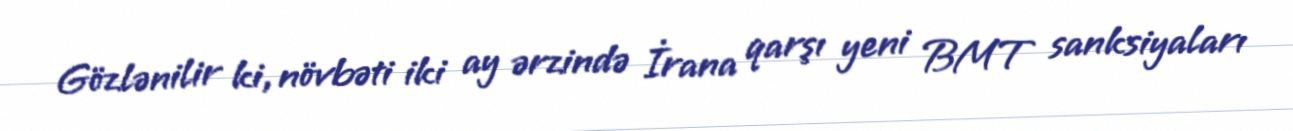
Gözlənilir ki, növbəti iki ay ərzində İrana qarşı yeni BMT sanksiyaları